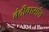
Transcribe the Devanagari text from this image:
बंदीवासांत